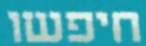
חיפשו